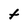
Character: t